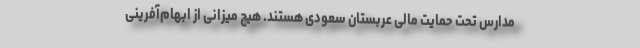
مدارس تحت حمایت مالی عربستان سعودی هستند. هیچ میزانی از ابهام‌آفرینی